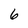
Character: 6